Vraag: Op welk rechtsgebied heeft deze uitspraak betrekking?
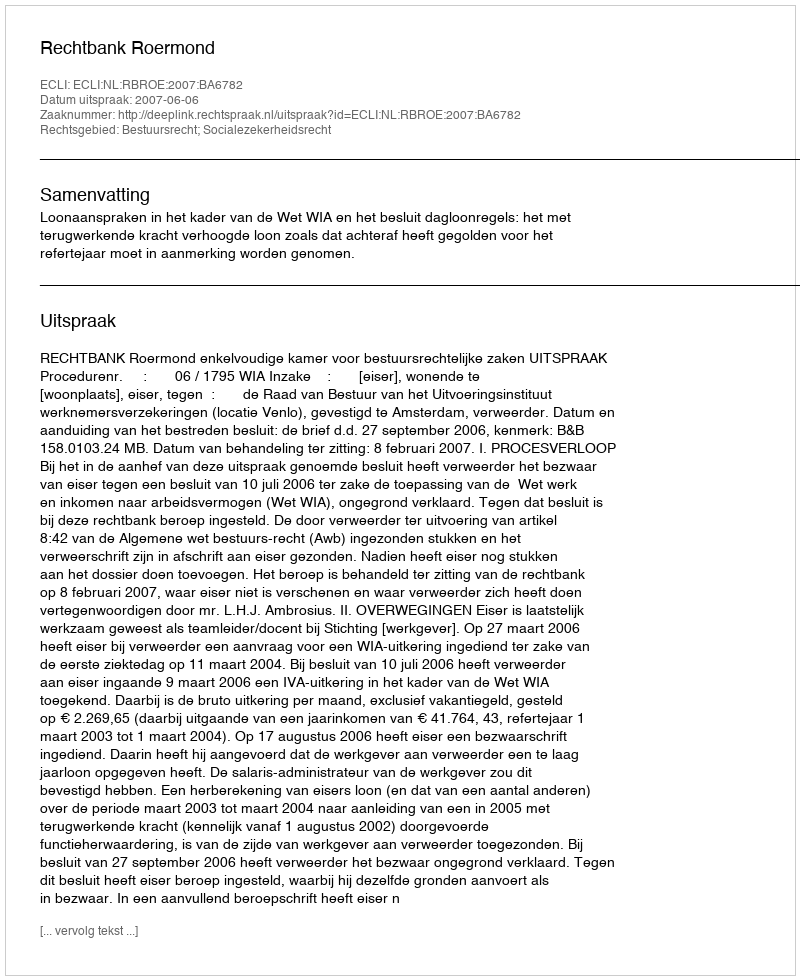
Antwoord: Bestuursrecht; Socialezekerheidsrecht